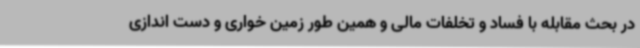
در بحث مقابله با فساد و تخلفات مالی و همین طور زمین خواری و دست اندازی